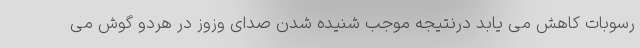
رسوبات کاهش می یابد درنتیجه موجب شنیده شدن صدای وزوز در هردو گوش می